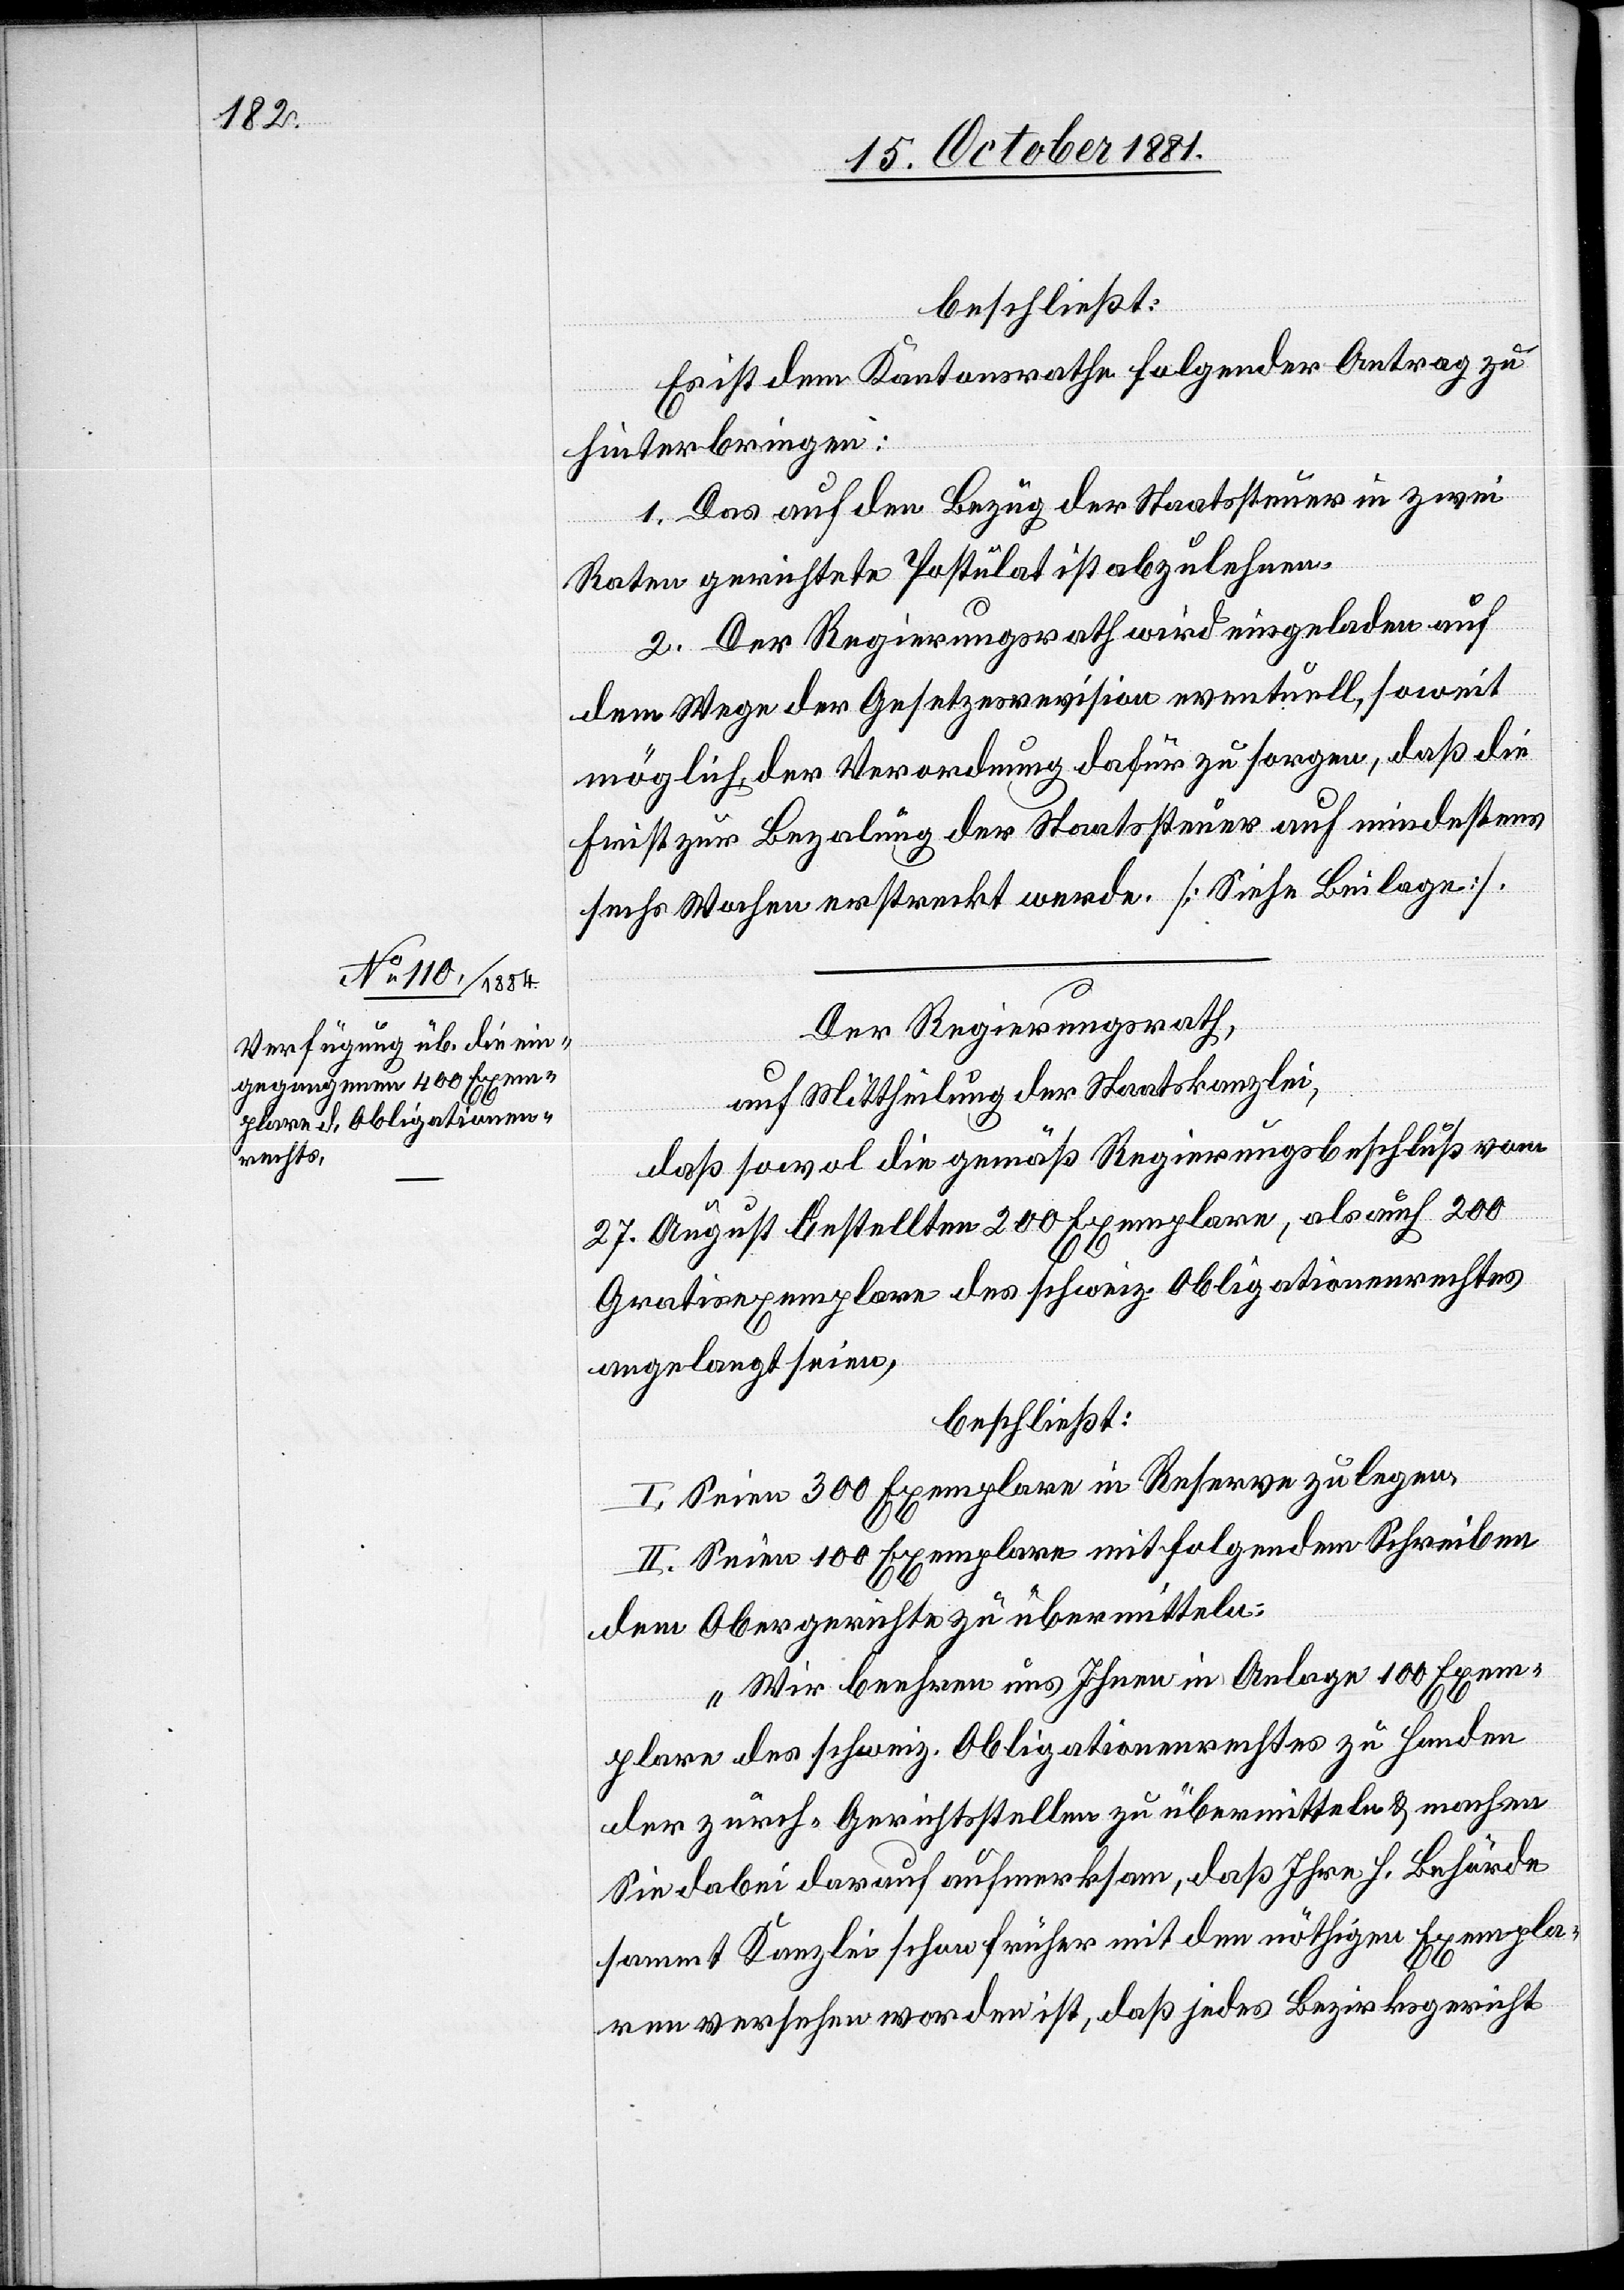
beschließt:
Es ist dem Kantonsrathe folgender Antrag zu
hinterbringen:
1. Das auf den Bezug der Staatssteuer in zwei
Raten gerichtete Postulat ist abzulehnen.
2. Der Regierungsrath wird eingeladen auf
dem Wege der Gesetzesrevision eventuell, soweit
möglich, der Verordnung dafür zu sorgen, daß die
Frist zur Bezahlung der Staatssteuer auf mindestens
sechs Wochen erstreckt werde. [Siehe Beilage].
Der Regierungsrath,
auf Mittheilung der Staatskanzlei,
daß sowol die gemäß Regierungsbeschluß vom
27. August bestellten 200 Exemplaren, als auch 200
Gratisexemplaren des schweiz. Obligationenrechtes
angelangt seien,
beschließt:
I. Seien 300 Exemplare in Reserve zu legen.
II. Seien 100 Exemplare mit folgendem Schreiben
dem Obergerichte zu übermitteln:
„Wir beehren uns Ihnen in Anlage 100 Exem¬
plare des schweiz. Obligationenrechtes zu Handen
der zürch. Gerichtsstellen zu übermitteln & machen
Sie dabei darauf aufmerksam, daß Ihre h. Behörde
sammt Kanzlei schon früher mit den nöthigen Exempla¬
ren versehen worden ist, daß jedes Bezirksgericht